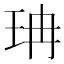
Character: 珃